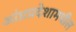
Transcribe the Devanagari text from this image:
आंध्रप्रदेशामधील